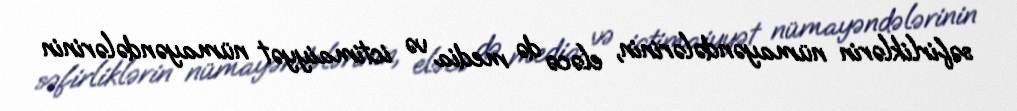
səfirliklərin nümayəndələrinin, eləcə də media və ictimaiyyət nümayəndələrinin